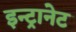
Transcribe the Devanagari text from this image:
इन्ट्रानेट